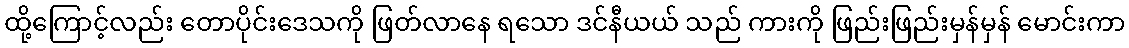
ထို့ကြောင့်လည်း တောပိုင်းဒေသကို ဖြတ်လာနေ ရသော ဒင်နီယယ် သည် ကားကို ဖြည်းဖြည်းမှန်မှန် မောင်းကာ